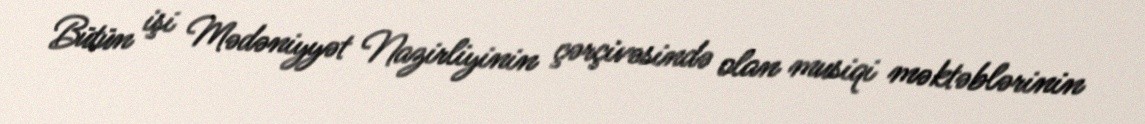
Bütün işi Mədəniyyət Nazirliyinin çərçivəsində olan musiqi məktəblərinin